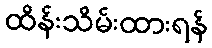
ထိန်းသိမ်းထားရန်